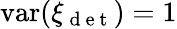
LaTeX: \mathrm{var}(\xi_{\mathrm{~d~e~t~}})=1